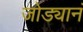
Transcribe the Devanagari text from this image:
जोड्यानं